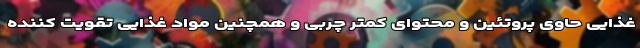
غذایی حاوی پروتئین و محتوای کمتر چربی و همچنین مواد غذایی تقویت کننده